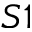
S 1